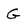
Character: G